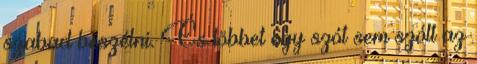
szabad beszélni. És többet egy szót sem szólt az